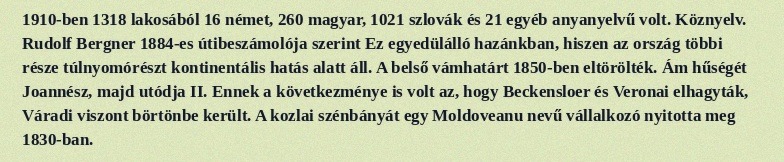
1910-ben 1318 lakosából 16 német, 260 magyar, 1021 szlovák és 21 egyéb anyanyelvű volt. Köznyelv. Rudolf Bergner 1884-es útibeszámolója szerint Ez egyedülálló hazánkban, hiszen az ország többi része túlnyomórészt kontinentális hatás alatt áll. A belső vámhatárt 1850-ben eltörölték. Ám hűségét Joannész, majd utódja II. Ennek a következménye is volt az, hogy Beckensloer és Veronai elhagyták, Váradi viszont börtönbe került. A kozlai szénbányát egy Moldoveanu nevű vállalkozó nyitotta meg 1830-ban.